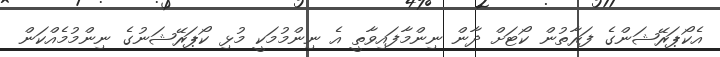
އެކޯޕަރޭޝަންގެ ފަރާތުން ކޯޓަށް ދާން ނިންމާފައިވާތީ އެ ނިންމުމަކީ މުޅި ކޯޕަރޭޝަނުގެ ނިންމުމެއްކަން